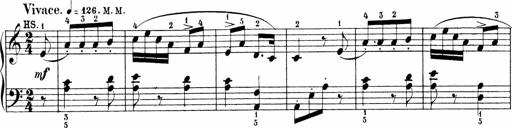
Title: Sonatinen Op.47, 98 und 136, nebst 6 Liedersonatinen
Composer: Carl Reinecke